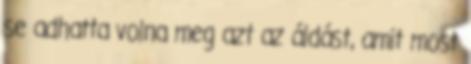
se adhatta volna meg azt az áldást, amit most